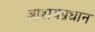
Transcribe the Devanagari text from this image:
आशयप्रधान